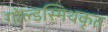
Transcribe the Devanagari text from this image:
गोल्डस्मिथकृत